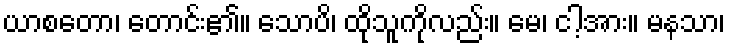
ယာစတော၊ တောင်း၏။ သောပိ၊ ထိုသူကိုလည်း။ မေ၊ ငါ့အား။ မနသာ၊